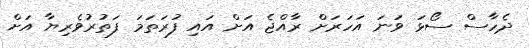
ދެހާސް ސޯޅަ ވަނަ އަހަރަށް ރާއްޖެ އަށް އައި ފުރަތަމަ ފަތުރުވެރިޔާ އަށް